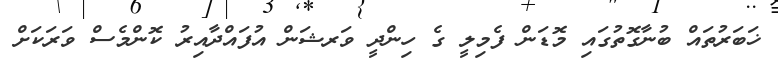
ޚަބަރުތައް ބުނާގޮތުގައި މޮޑަން ފެމިލީ ގެ ހިންދީ ވަރޝަން އުފައްދާއިރު ކޮންމެސް ވަރަކަށް